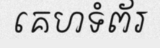
គេហទំព័រ